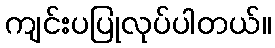
ကျင်းပပြုလုပ်ပါတယ်။